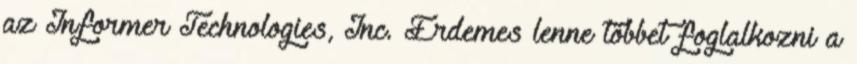
az Informer Technologies, Inc. Érdemes lenne többet foglalkozni a